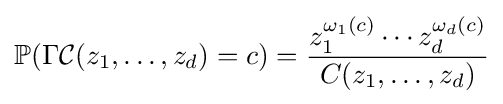
\mathbb {P} (\Gamma {\mathcal {C}}(z_{1},\ldots ,z_{d})=c)={\frac {z_{1}^{\omega _{1}(c)}\cdots z_{d}^{\omega _{d}(c)}}{C(z_{1},\ldots ,z_{d})}}